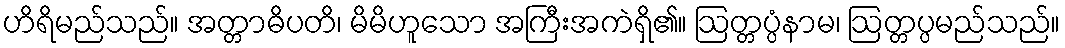
ဟိရိမည်သည်။ အတ္တာဓိပတိ၊ မိမိဟူသော အကြီးအကဲရှိ၏။ ဩတ္တပ္ပံနာမ၊ ဩတ္တပ္ပမည်သည်။